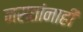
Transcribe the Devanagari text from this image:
नसतांनाहीं